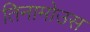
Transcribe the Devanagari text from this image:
तिनामोउस